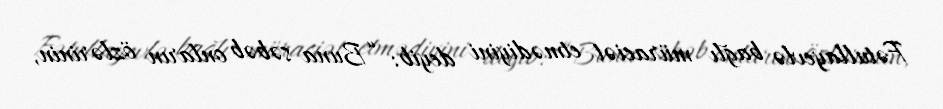
Fətullayevlə bağlı müraciət etmədiyini deyib: “Buna səbəb onların özlərinin,